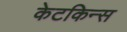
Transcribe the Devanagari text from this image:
केटकिन्स